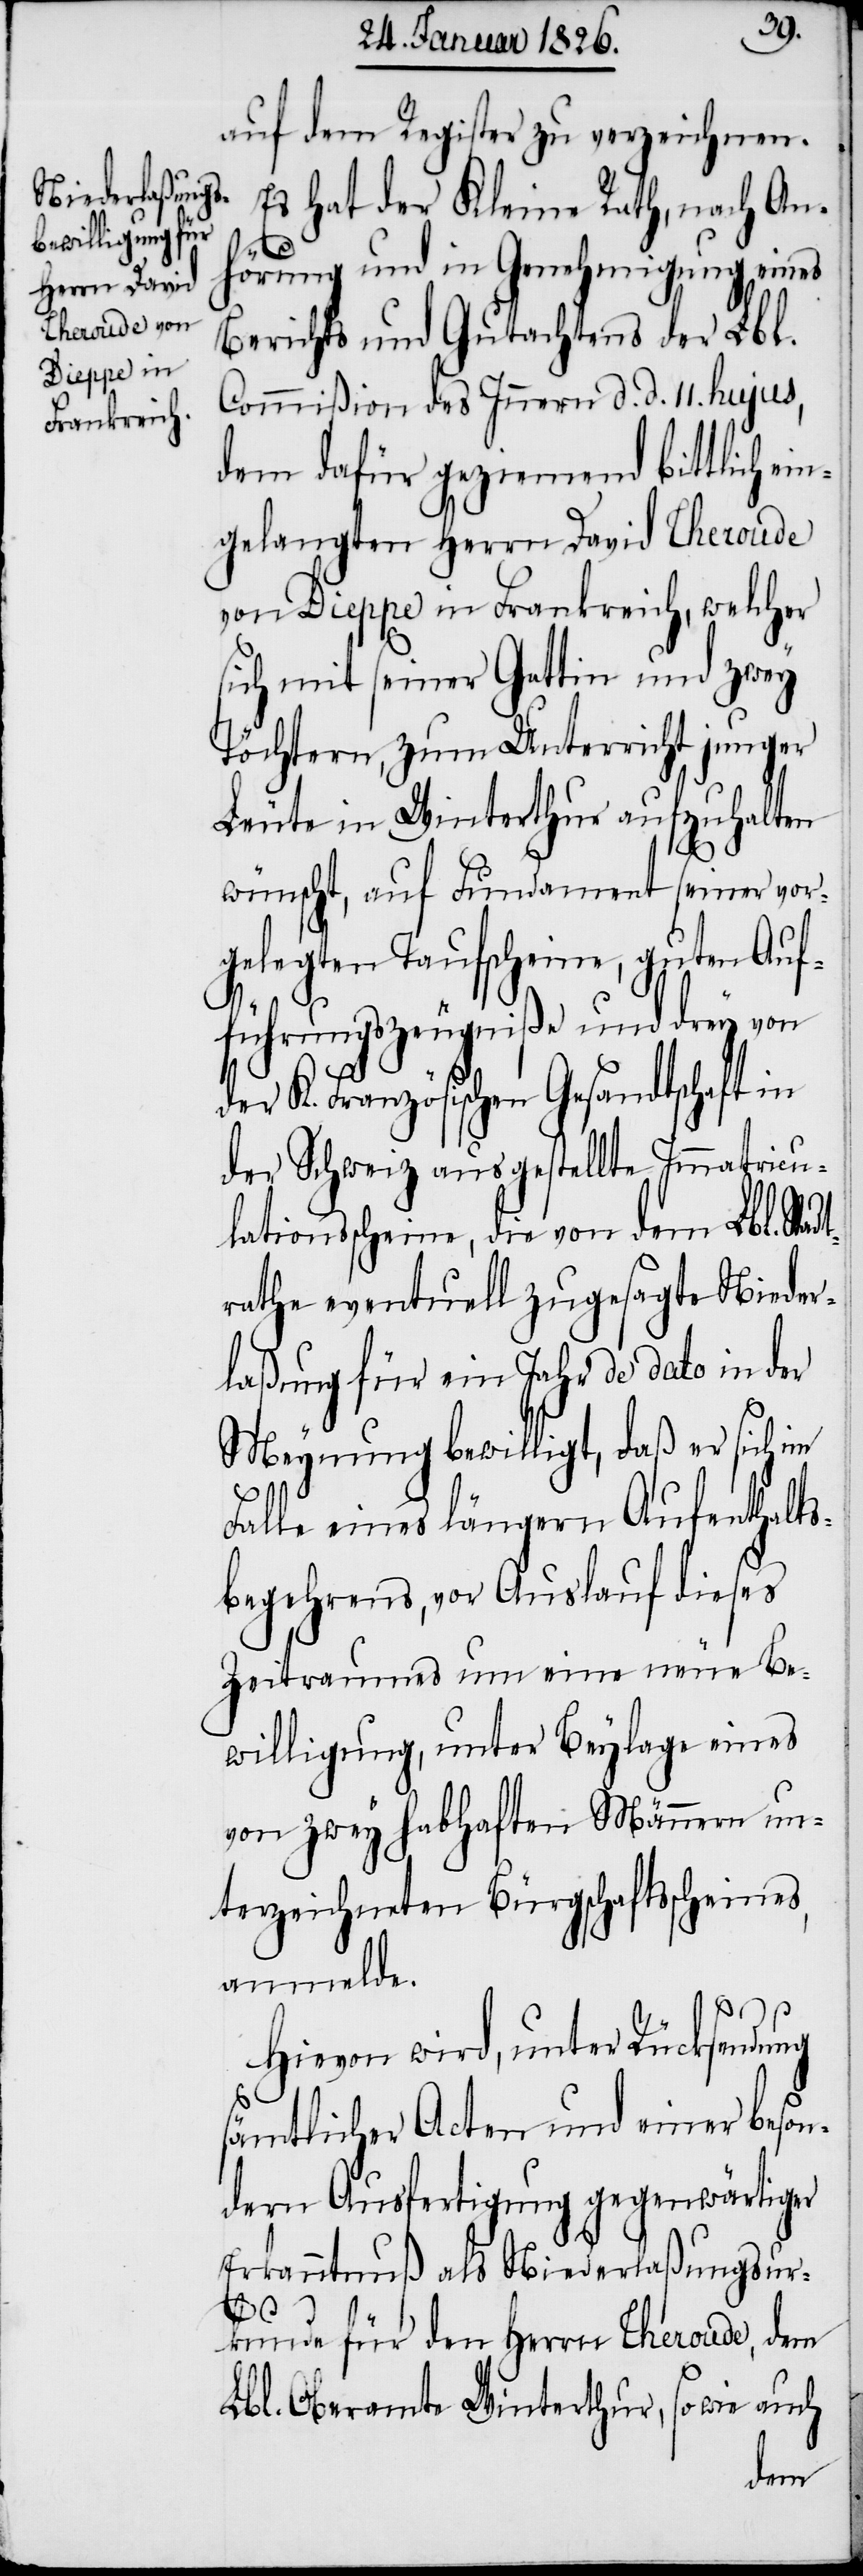
auf dem Register zu verzeichnen.
Es hat der Kleine Rath, nach An¬
dt¬
Commißion des Innern d. d. 11. hujus,
dem dafür geziemend bittlich ei¬
ngelangten Herrn David Theroude
von Dieppe in Frankreich, welcher
sich mit seiner Gattin und zwey
Töchtern, zum Unterricht junger
Leute in Winterthur aufzuhalten
wünscht, auf Fundament seiner vor¬
gelegten Taufscheine, guten Auf¬
führungszeugniße und drey von
der K. Französischen Gesandtschaft in
der Schweiz ausgestellte Immatricu¬
lationsscheine, die von dem Lbl. Sta¬
rathe eventuell zugesagte Nieder¬
laßung für ein Jahr de dato in der
Meynung bewilligt, daß er sich im
Falle eines längern Aufenthalts¬
begehrens, vor Auslauf dieses
Zeitraumes um eine neue Be¬
willigung, unter Beylage eines
von zwey habhaften Männern un¬
terzeichneten Bürgschaftsscheines,
anmelde.
Hievon wird, unter Rücksendung
sämtlicher Acten und einer beson¬
dern Ausfertigung gegenwärtiger
Erkanntnuß als Niederlaßungsur¬
kunde für den Herrn Theroude, dem
Lbl. Oberamte Winterthur, so wie auch